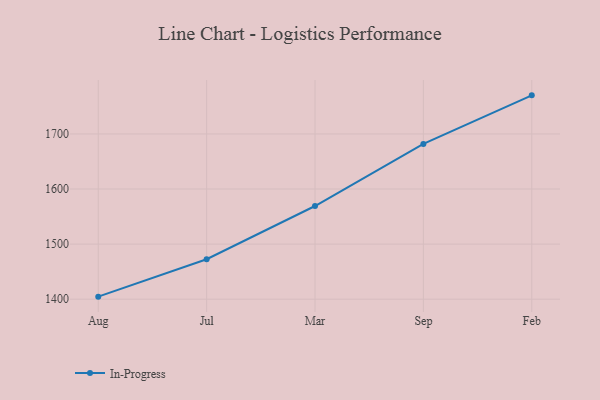
{"axis": {"x": "Month", "y": "Active Users"}, "legend": ["In-Progress"], "data": [{"x": "Aug", "y": 1404.6, "type": "In-Progress"}, {"x": "Jul", "y": 1472.5, "type": "In-Progress"}, {"x": "Mar", "y": 1569.2, "type": "In-Progress"}, {"x": "Sep", "y": 1681.9, "type": "In-Progress"}, {"x": "Feb", "y": 1770.1, "type": "In-Progress"}]}